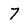
Character: 7